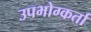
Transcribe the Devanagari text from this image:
उपभोग्कर्ता